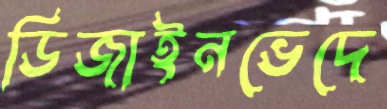
ডিজাইনভেদে